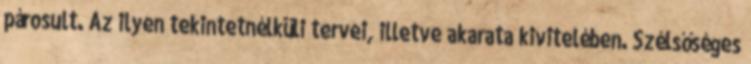
párosult. Az ilyen tekintetnélküli tervei, illetve akarata kivitelében. Szélsőséges